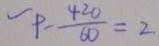
P - \frac { 4 2 0 } { 6 0 } = 2